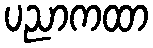
ပညာကထာ